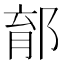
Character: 𨛼